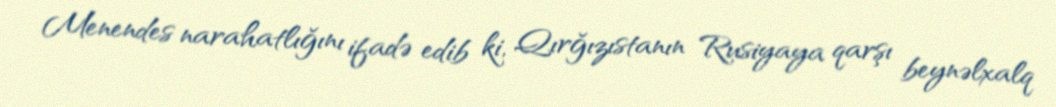
Menendes narahatlığını ifadə edib ki, Qırğızıstanın Rusiyaya qarşı beynəlxalq